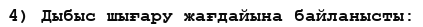
4) Дыбыс шығару жағдайына байланысты: